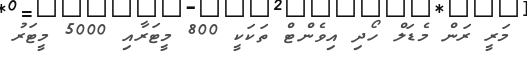
މަރީ ރަން މެޑަލް ހޯދި އިވެންޓް ތަކަކީ 800 މީޓަރާއި 5000 މީޓަރު